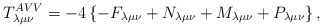
\begin{align*}T_{\lambda \mu \nu }^{AVV}=-4\left\{ -F_{\lambda \mu \nu }+N_{\lambda \mu\nu }+M_{\lambda \mu \nu }+P_{\lambda \mu \nu }\right\} ,\end{align*}